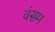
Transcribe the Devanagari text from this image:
वंसम